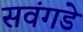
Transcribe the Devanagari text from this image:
सवंगडे